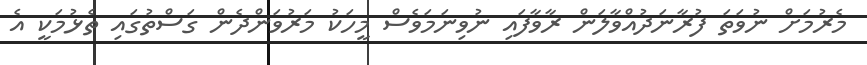
މެރުމަށް ނުވަތަ ފުރާނަދުއްވާލަން ރާވާފައި ނުވިނަމަވެސް މީހަކު މަރުވަންދެން ގަސްތުގައި ތެޅުމަކީ އެ